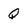
Character: Q